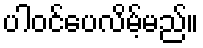
ပါဝင်ပေလိမ့်မည်။